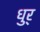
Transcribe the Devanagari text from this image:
धुर्